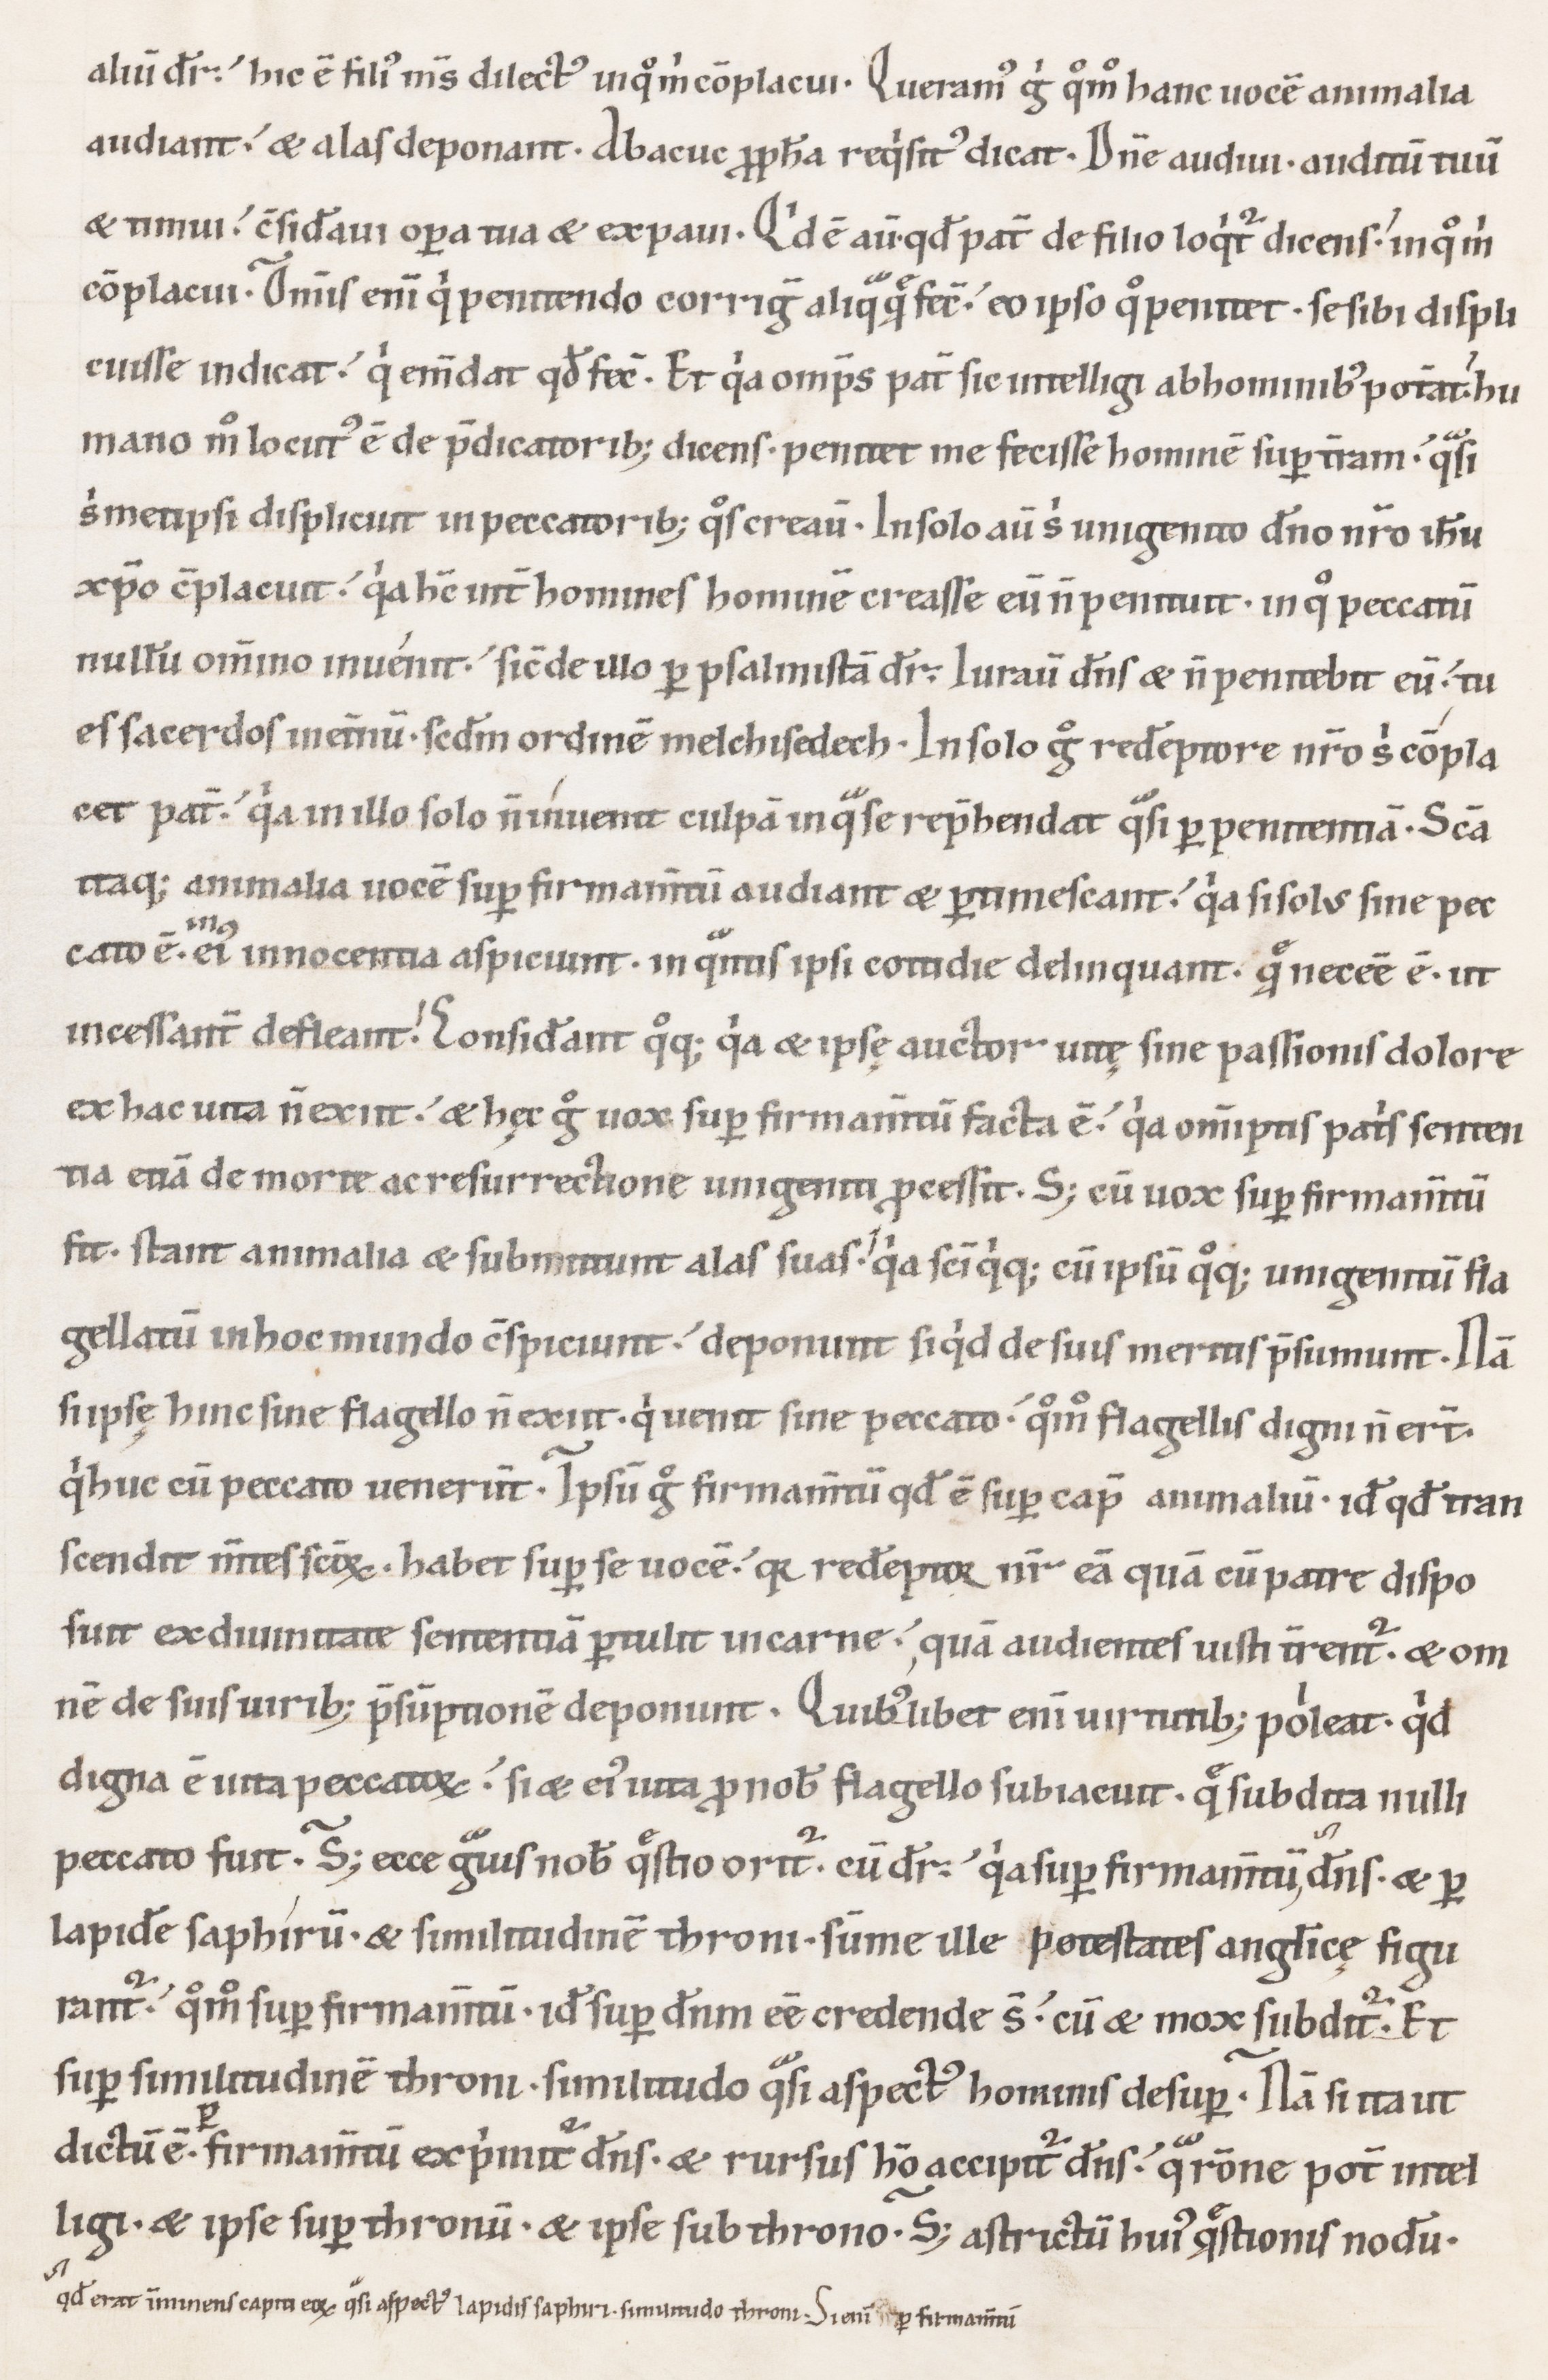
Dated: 1100–1199